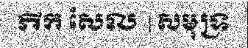
ភីក សែល | សមុទ្រ